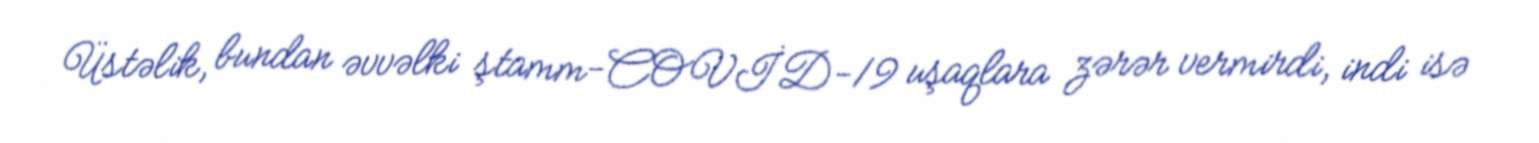
Üstəlik, bundan əvvəlki ştamm-COVİD-19 uşaqlara zərər vermirdi, indi isə